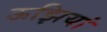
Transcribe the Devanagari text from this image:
ऊझियां